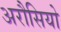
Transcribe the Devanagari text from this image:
अरौसियो